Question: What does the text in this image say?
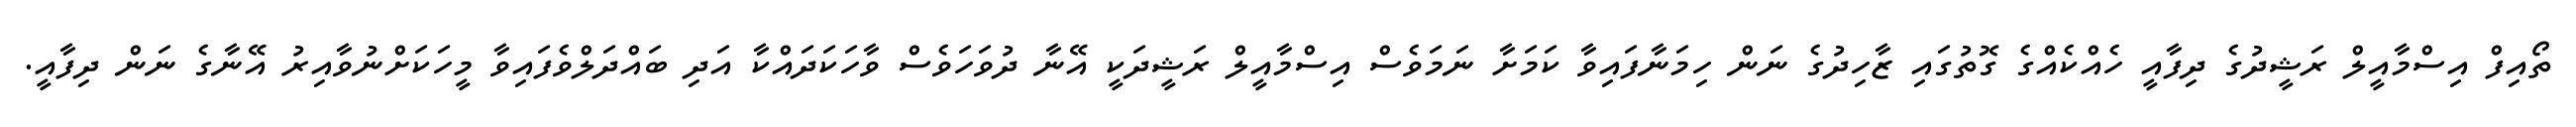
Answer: ތޯއިފް އިސްމާއީލް ރަޝީދުގެ ދިފާއީ ހެއްކެއްގެ ގޮތުގައި ޒާހިދުގެ ނަން ހިމަނާފައިވާ ކަމަށާ ނަމަވެސް އިސްމާއީލް ރަޝީދަކީ އޭނާ ދުވަހަވެސް ވާހަކަދައްކާ އަދި ބައްދަލްވެފައިވާ މީހަކަށްނުވާއިރު އޭނާގެ ނަން ދިފާއީ.